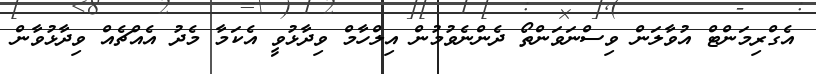
އެގްރިމަންޓް އުވާލަން ވިސްނަވަންތޯ ދެންނެވުމުން އިލްހާމް ވިދާޅުވީ އެކަމާ މެދު އެއްޗެއް ވިދާޅުވާން